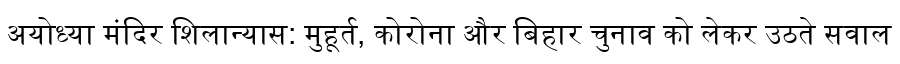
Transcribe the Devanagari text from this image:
अयोध्या मंदिर शिलान्यास: मुहूर्त, कोरोना और बिहार चुनाव को लेकर उठते सवाल